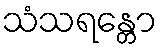
သံသရန္တော